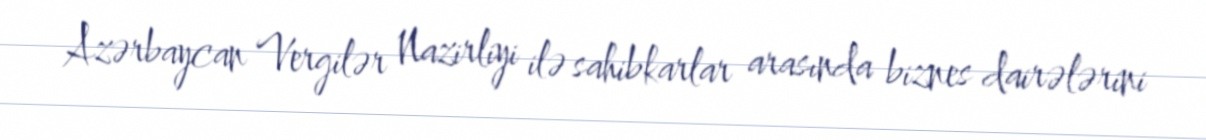
Azərbaycan Vergilər Nazirliyi ilə sahibkarlar arasında biznes dairələrini